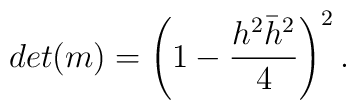
det(m)= \left( 1-{h^2\bar{h}^2 \over 4} \right)^2 .